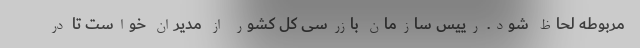
مربوطه لحاظ شود. رییس سازمان بازرسی کل کشور از مدیران خواست تا در